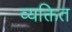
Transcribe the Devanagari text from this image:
व्यक्तित